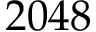
2 0 4 8